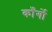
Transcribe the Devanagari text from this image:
काँर्गो